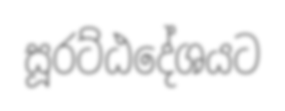
සූරට්ඨදේශයට